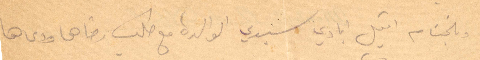
وبالختام اقبل ايادي سيدتي الوالدة مع طلب رضاها ودعاها